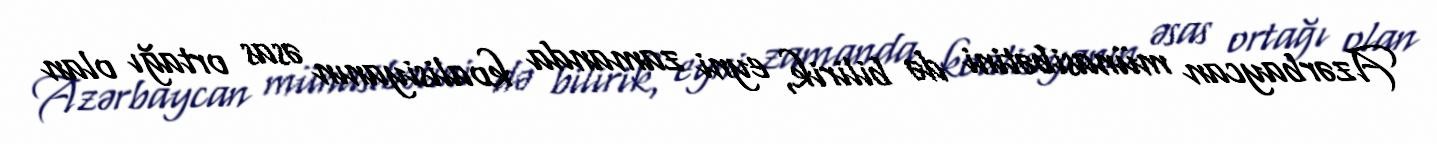
Azərbaycan münasibətini də bilirik, eyni zamanda koalisiyanın əsas ortağı olan